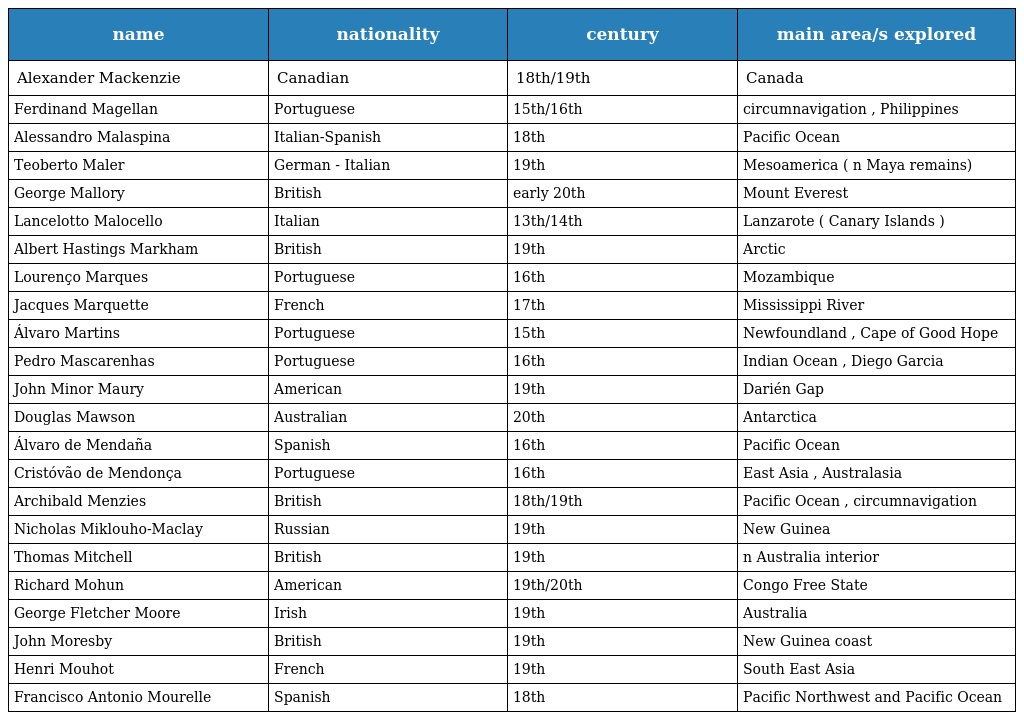
| name | nationality | century | main area/s explored |
 | --- | --- | --- | --- |
 | Alexander Mackenzie | Canadian | 18th/19th | Canada |
 | Ferdinand Magellan | Portuguese | 15th/16th | circumnavigation , Philippines |
 | Alessandro Malaspina | Italian-Spanish | 18th | Pacific Ocean |
 | Teoberto Maler | German - Italian | 19th | Mesoamerica ( n Maya remains) |
 | George Mallory | British | early 20th | Mount Everest |
 | Lancelotto Malocello | Italian | 13th/14th | Lanzarote ( Canary Islands ) |
 | Albert Hastings Markham | British | 19th | Arctic |
 | Lourenço Marques | Portuguese | 16th | Mozambique |
 | Jacques Marquette | French | 17th | Mississippi River |
 | Álvaro Martins | Portuguese | 15th | Newfoundland , Cape of Good Hope |
 | Pedro Mascarenhas | Portuguese | 16th | Indian Ocean , Diego Garcia |
 | John Minor Maury | American | 19th | Darién Gap |
 | Douglas Mawson | Australian | 20th | Antarctica |
 | Álvaro de Mendaña | Spanish | 16th | Pacific Ocean |
 | Cristóvão de Mendonça | Portuguese | 16th | East Asia , Australasia |
 | Archibald Menzies | British | 18th/19th | Pacific Ocean , circumnavigation |
 | Nicholas Miklouho-Maclay | Russian | 19th | New Guinea |
 | Thomas Mitchell | British | 19th | n Australia interior |
 | Richard Mohun | American | 19th/20th | Congo Free State |
 | George Fletcher Moore | Irish | 19th | Australia |
 | John Moresby | British | 19th | New Guinea coast |
 | Henri Mouhot | French | 19th | South East Asia |
 | Francisco Antonio Mourelle | Spanish | 18th | Pacific Northwest and Pacific Ocean |